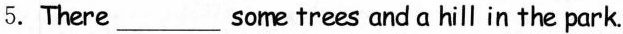
5.There ___ some trees and a hill in the park.